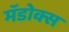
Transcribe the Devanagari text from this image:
मॅडोक्स